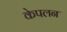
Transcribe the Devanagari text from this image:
केपलन